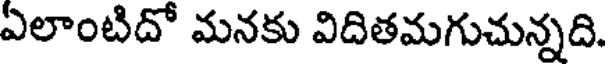
ఏలాంటిదో మనకు విదితమగుచున్నది.